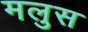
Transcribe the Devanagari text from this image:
मलुस